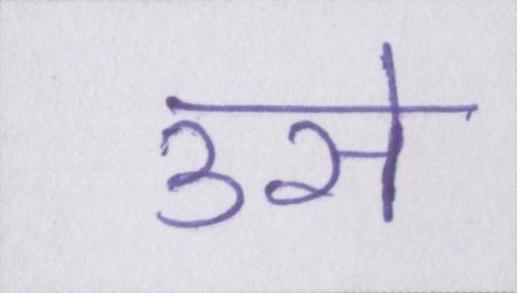
उसे